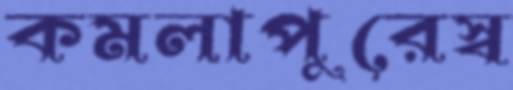
কমলাপুরেস্ব